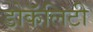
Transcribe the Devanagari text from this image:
डोकॅलिटी